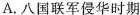
A.八国联军侵华时期